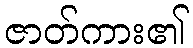
ဇာတ်ကား၏